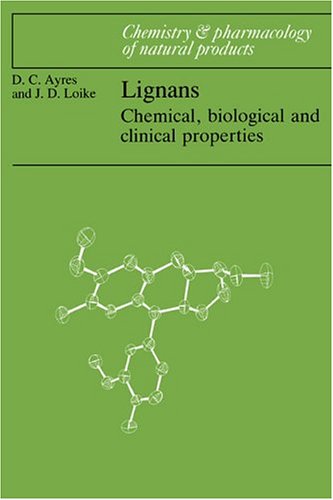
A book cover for Lignans: Chemical, Biological and Clinical Properties (Chemistry and Pharmacology of Natural Products); David C. Ayres; Medical Books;